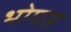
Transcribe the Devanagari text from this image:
भोपस